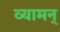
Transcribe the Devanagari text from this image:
व्यामन्